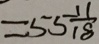
= 5 5 \frac { 1 1 } { 1 8 }